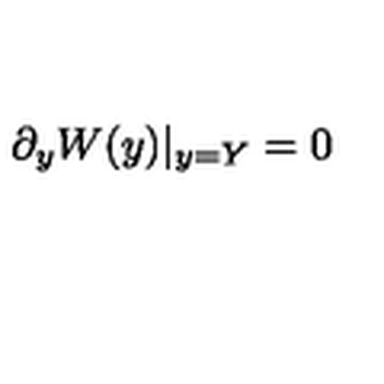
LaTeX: \partial _ { y } W ( y ) | _ { y = Y } = 0